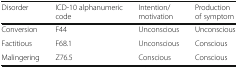
<table><thead><tr><td><b>Disorder</b></td><td><b>ICD-10 alphanumeric code</b></td><td><b>Intention/motivation</b></td><td><b>Production of symptom</b></td></tr></thead><tbody><tr><td>Conversion</td><td>F44</td><td>Unconscious</td><td>Unconscious</td></tr><tr><td>Factitious</td><td>F68.1</td><td>Unconscious</td><td>Conscious</td></tr><tr><td>Malingering</td><td>Z76.5</td><td>Conscious</td><td>Conscious</td></tr></tbody></table>